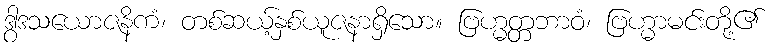
ဒွါဒသယောဇနိကံ၊ တစ်ဆယ့်နှစ်ယူဇနာရှိသော။ ဗြဟ္မတ္တဘာဝံ၊ ဗြဟ္မာမင်းတို့၏